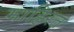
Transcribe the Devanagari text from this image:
माहिरत